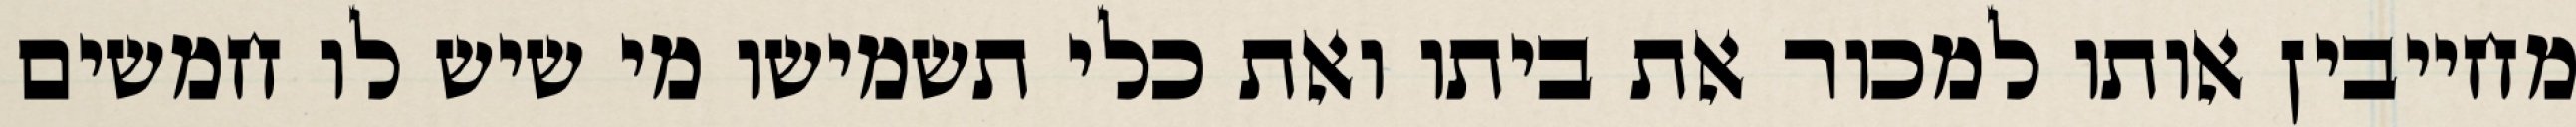
מחייבין אותו למכור את ביתו ואת כלי תשמישו מי שיש לו חמשים